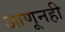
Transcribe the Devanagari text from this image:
आणूनही